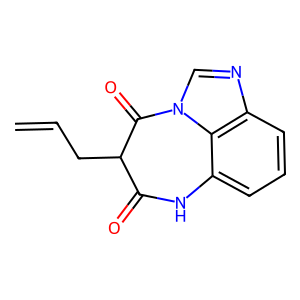
SMILES: C=CCC1C(=O)Nc2cccc3ncn(c23)C1=O
Inhibits HIV replication: No